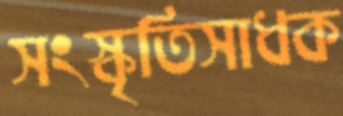
সংস্কৃতিসাধক